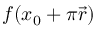
f ( x _ { 0 } + \pi { \vec { r } } )